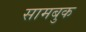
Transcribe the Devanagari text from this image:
सामबुक